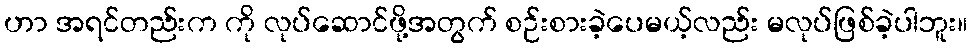
ဟာ အရင်တည်းက ကို လုပ်ဆောင်ဖို့အတွက် စဉ်းစားခဲ့ပေမယ့်လည်း မလုပ်ဖြစ်ခဲ့ပါဘူး။